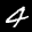
Label: 4